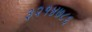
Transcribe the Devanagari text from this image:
३२१४७८६